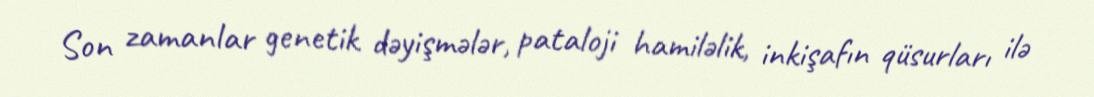
Son zamanlar genetik dəyişmələr, pataloji hamiləlik, inkişafın qüsurları ilə